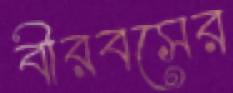
বীরবসের